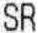
SR